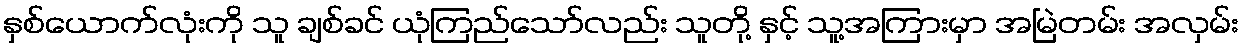
နှစ်ယောက်လုံးကို သူ ချစ်ခင် ယုံကြည်သော်လည်း သူတို့ နှင့် သူ့အကြားမှာ အမြဲတမ်း အလှမ်း